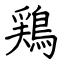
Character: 鶏